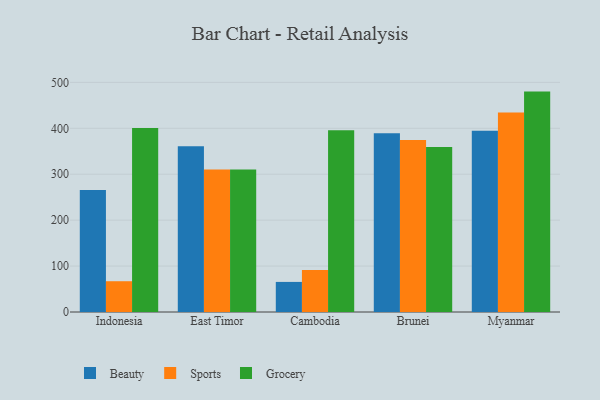
{"axis": {"x": "Country", "y": "Temperature (°C)"}, "legend": ["Beauty", "Grocery", "Sports"], "data": [{"x": "Indonesia", "y": 265.4, "type": "Beauty"}, {"x": "Indonesia", "y": 67.0, "type": "Sports"}, {"x": "Indonesia", "y": 400.6, "type": "Grocery"}, {"x": "East Timor", "y": 360.7, "type": "Beauty"}, {"x": "East Timor", "y": 310.3, "type": "Sports"}, {"x": "East Timor", "y": 310.5, "type": "Grocery"}, {"x": "Cambodia", "y": 65.5, "type": "Beauty"}, {"x": "Cambodia", "y": 91.3, "type": "Sports"}, {"x": "Cambodia", "y": 395.8, "type": "Grocery"}, {"x": "Brunei", "y": 389.2, "type": "Beauty"}, {"x": "Brunei", "y": 374.5, "type": "Sports"}, {"x": "Brunei", "y": 359.4, "type": "Grocery"}, {"x": "Myanmar", "y": 394.4, "type": "Beauty"}, {"x": "Myanmar", "y": 434.3, "type": "Sports"}, {"x": "Myanmar", "y": 479.9, "type": "Grocery"}]}